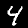
Label: 4